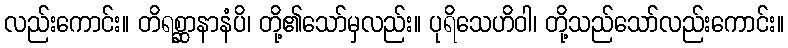
လည်းကောင်း။ တိရစ္ဆာနာနံပိ၊ တို့၏သော်မှလည်း။ ပုရိသေဟိဝါ၊ တို့သည်သော်လည်းကောင်း။